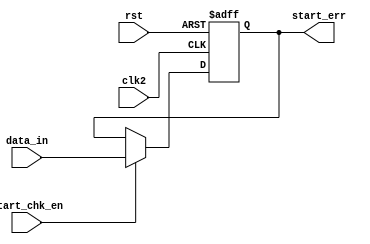
`timescale 1ns / 1ps
//////////////////////////////////////////////////////////////////////////////////
// Company: 
// Engineer: 
// 
// Design Name: 
// Module Name: start_chk
// Project Name: 
// Target Devices: 
// Tool Versions: 
// Description: 
// 
// Dependencies: 
// 
// Revision:
// Revision 0.01 - File Created
// Additional Comments:
// 
//////////////////////////////////////////////////////////////////////////////////


module start_chk(
    input clk2,
    input rst,
    input data_in,
    input start_chk_en,
    output reg start_err
    );
    
    
      
    always @(posedge clk2 or negedge rst) begin
        if(!rst) begin
            start_err <=0;
        end
        else begin
            if(start_chk_en) begin
              
                    start_err <=data_in;
                end
                else begin
                    start_err <= start_err;
                end
            end
        end
    
endmodule